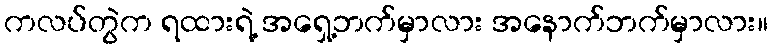
ကလပ်တွဲက ရထားရဲ့ အရှေ့ဘက်မှာလား အနောက်ဘက်မှာလား။